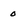
Character: o